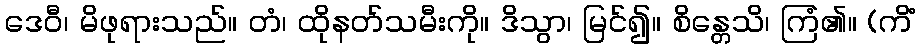
ဒေဝီ၊ မိဖုရားသည်။ တံ၊ ထိုနတ်သမီးကို။ ဒိသွာ၊ မြင်၍။ စိန္တေသိ၊ ကြံ၏။ (ကိံ